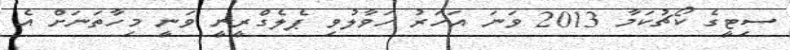
ސިޓީގެ ކޯޗުކަމާ 2013 ވަނަ އަހަރު ހަވާލުވި ޕެލެގްރީނީ ވަނީ މިހާތަނަށް އެ